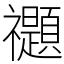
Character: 禵